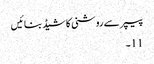
پیپر سے روشنی کا شیڈ بنائیں
11۔